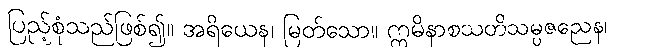
ပြည့်စုံသည်ဖြစ်၍။ အရိယေန၊ မြတ်သော။ ဣမိနာစသတိသမ္ပဇညေန၊